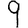
Digit: 9